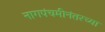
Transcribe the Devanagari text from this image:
नागपंचमीनंतरच्या